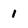
Character: 1